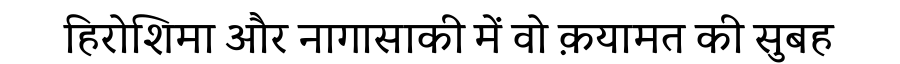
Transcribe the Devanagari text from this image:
हिरोशिमा और नागासाकी में वो क़यामत की सुबह